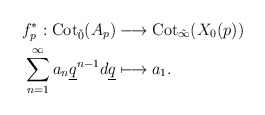
\begin{align*} f_p^* : \mathrm{Cot}_{\tilde{0}}(A_p) & \longrightarrow \mathrm{Cot}_{\tilde{\infty}}(X_0(p)) \\ \sum_{n=1}^\infty a_n \underline{q}^{n-1} d\underline{q} & \longmapsto a_1. \end{align*}